Vabadussoja_Ajaloo_Komitee, lk 37
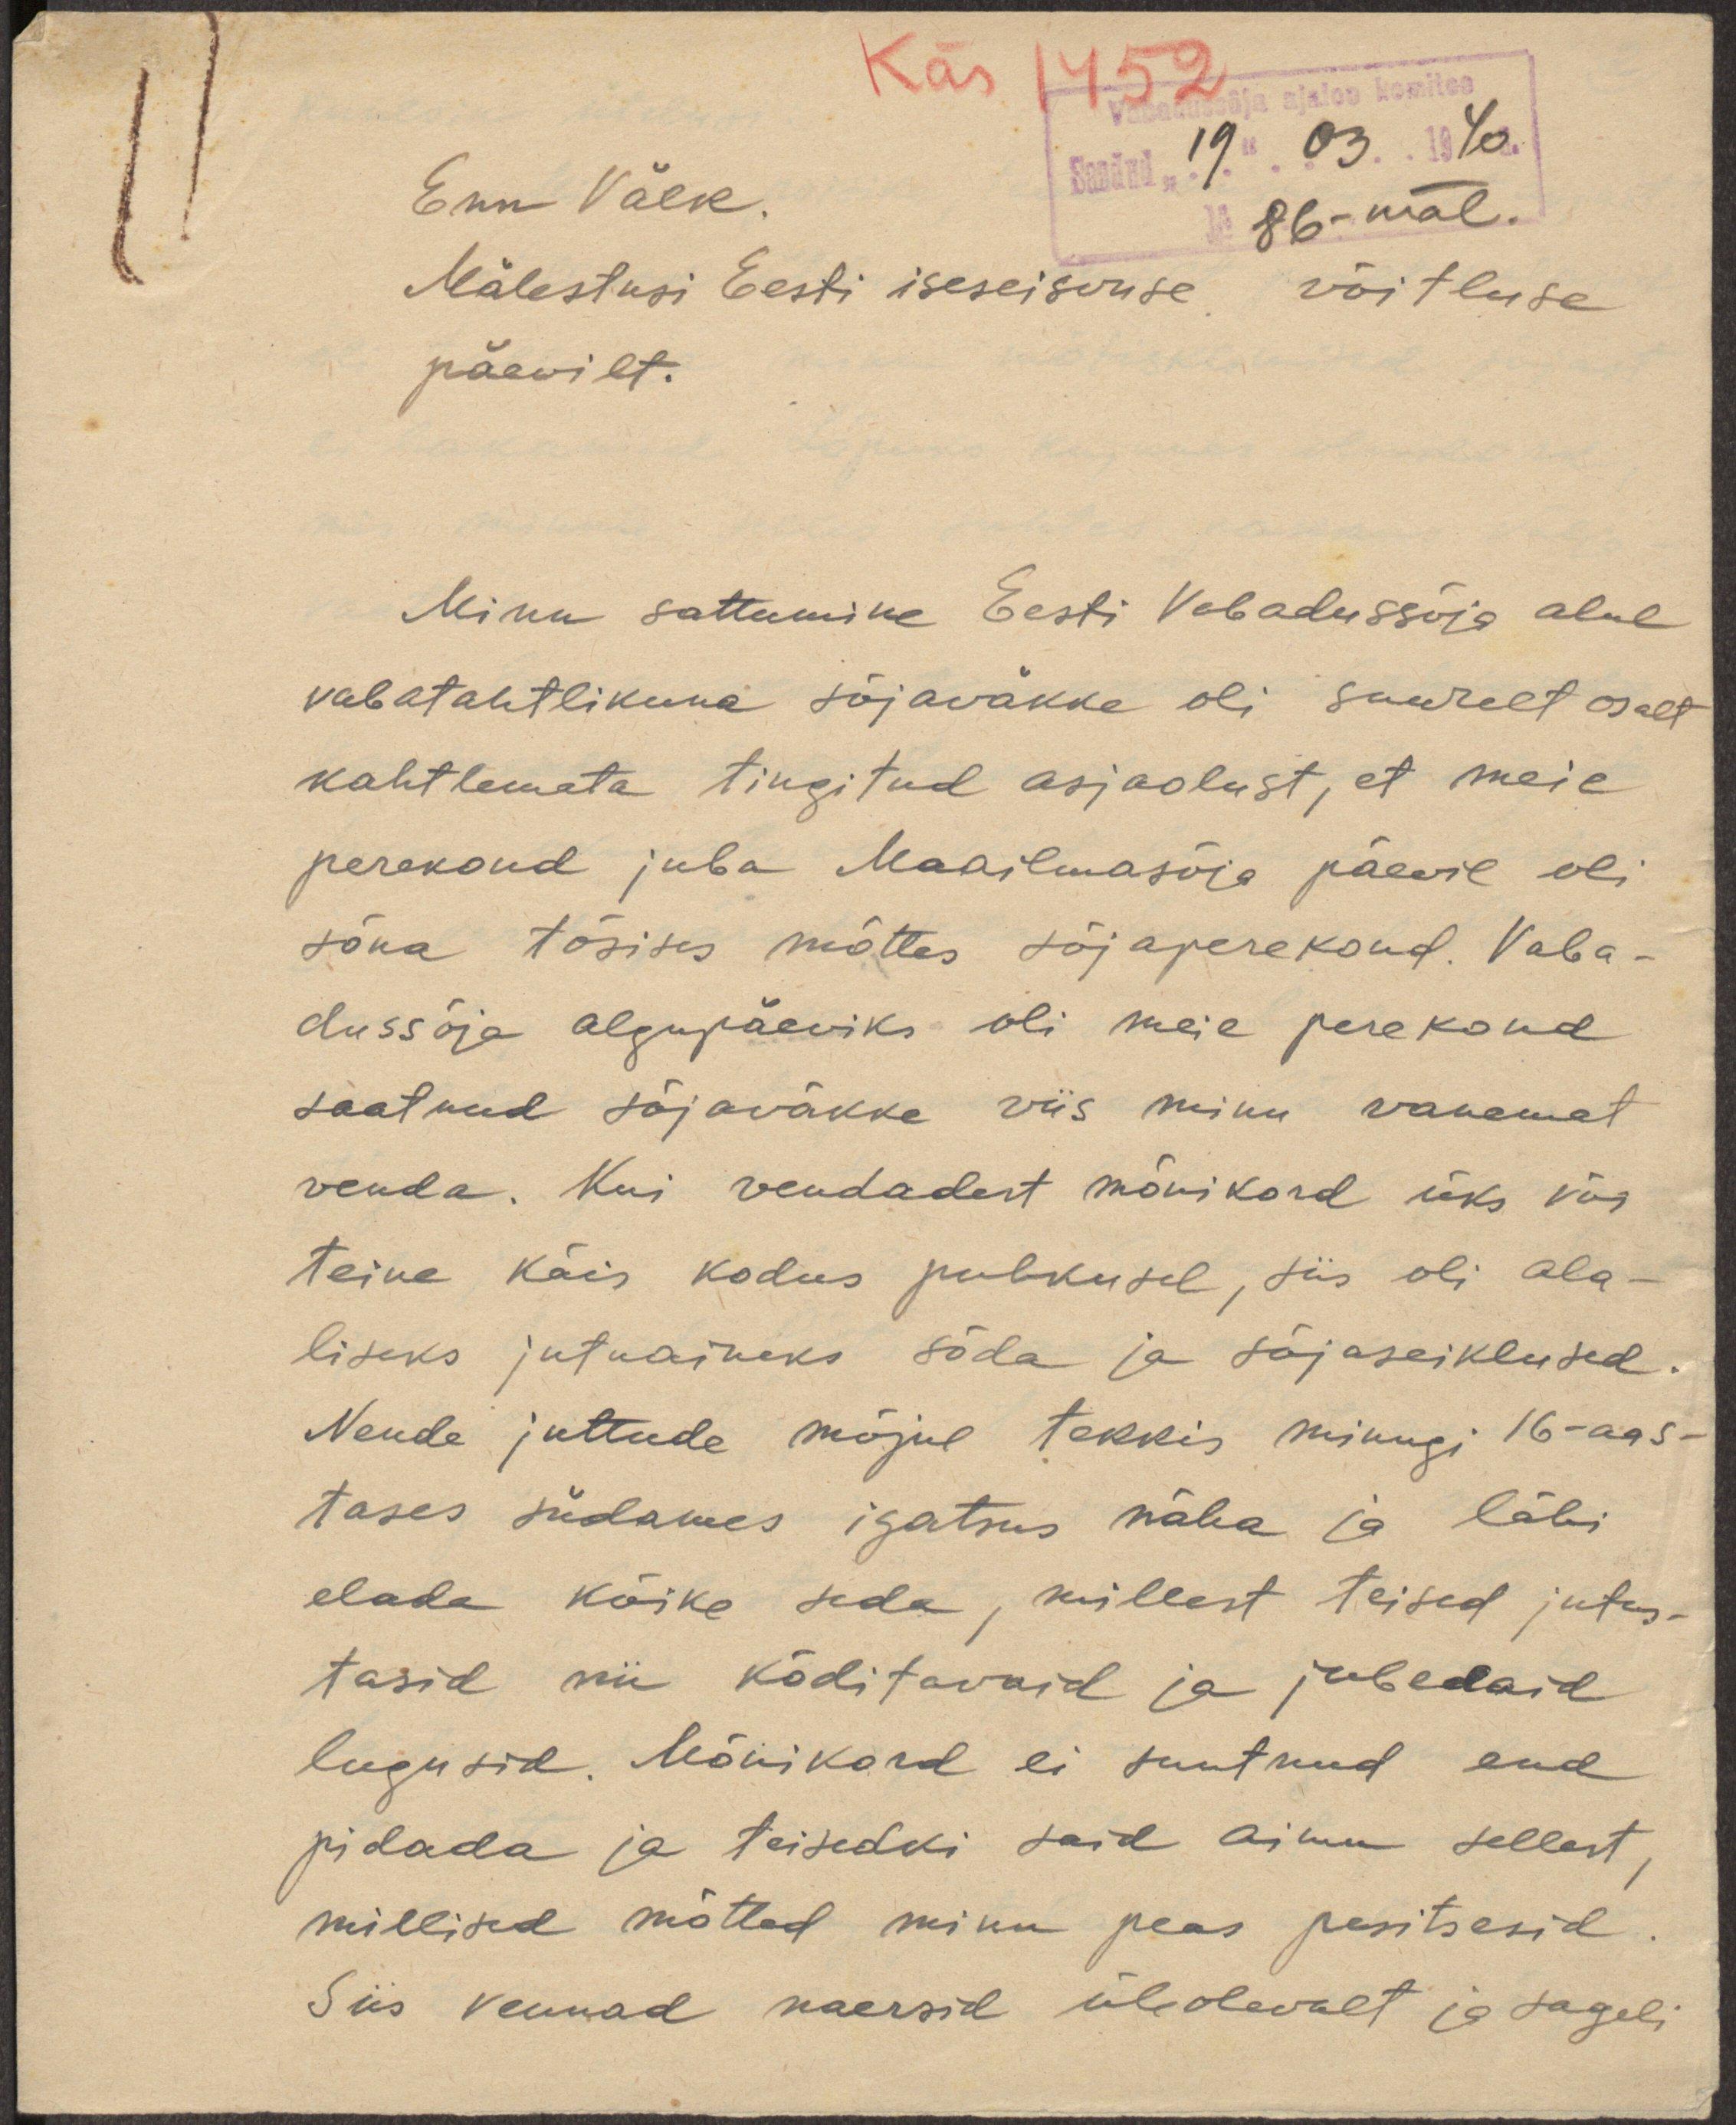
Käs 1452
Vabadussõja ajaloo komitee
Saadud "19" 03 1940.
No 86-mäl.
Enn Välk.
Mälestusi Eesti iseseisvuse võitluse
päewilt.
Minu sattumine Eesti Vabadussõja alul
vabatahtlikuna sõjaväkke oli suurelt osalt
kahtlemata tingitud asjaolust, et meie
perekond juba Maailmasõja päevil oli
sõna tõsises mõttes sõjaperekond. Vaba-
dussõja alguspäeviks oli meie perekond
saatnud sõjaväkke viis minu vanemat
venda. Kui vendadest mõnikord üks või
teine käis kodus puhkusel, siis oli ala-
liseks jutuaineks sõda ja sõjaseiklused.
Nende juttude mõjul tekkis minugi 16-aas-
tases südames igatsus näha ja läbi
elada kõike seda, millest teised jutus-
tasid nii kõditavaid ja jubedaid
lugusid. Mõnikord ei suutnud end
pidada ja teisedki said aimu sellest,
millised mõtted minu peas pesitsesid.
Siis vennad naersid üleolevalt ja sageli